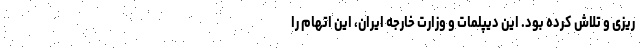
ریزی و تلاش کرده بود. این دیپلمات و وزارت خارجه ایران، این اتهام را